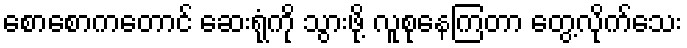
စောစောကတောင် ဆေးရုံကို သွားဖို့ လူစုနေကြတာ တွေ့လိုက်သေး